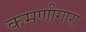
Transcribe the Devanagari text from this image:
कमणीगारा